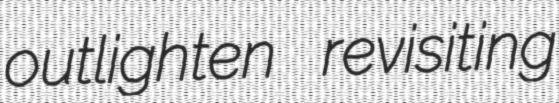
outlighten revisiting